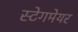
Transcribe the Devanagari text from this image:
स्टेगमेयर